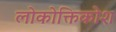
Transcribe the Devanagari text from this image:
लोकोक्तिकोश